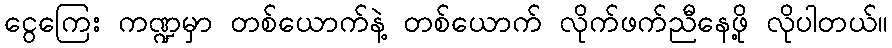
ငွေကြေး ကဏ္ဍမှာ တစ်ယောက်နဲ့ တစ်ယောက် လိုက်ဖက်ညီနေဖို့ လိုပါတယ်။